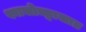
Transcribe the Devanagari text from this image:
श्वासोच्छ्वासात